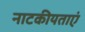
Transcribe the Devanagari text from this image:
नाटकीयताएं